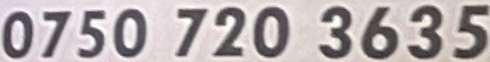
0750 720 3635